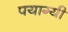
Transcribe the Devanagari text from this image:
पयाग्यी